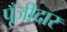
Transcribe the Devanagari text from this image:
पूँजीदार